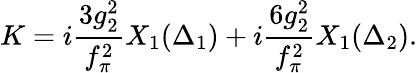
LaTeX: K=i\frac{3g_{2}^{2}}{f_{\pi}^{2}}X_{1}(\Delta_{1})+i\frac{6g_{2}^{2}}{f_{\pi}^{2}}X_{1}(\Delta_{2}).